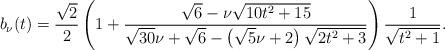
LaTeX: \begin{align*}b_{\nu}(t)=\frac{\sqrt{2}}{2}\left(1+\frac{\sqrt{6}-\nu\sqrt{10t^{2}+15}}{\sqrt{30}\nu+\sqrt{6}-\left(\sqrt{5}\nu+2\right)\sqrt{2t^{2}+3}}\right)\frac{1}{\sqrt{t^2+1}}.\end{align*}